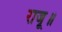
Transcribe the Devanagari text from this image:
राजू॥